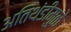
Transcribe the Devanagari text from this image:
अतिथंडीमुळे